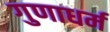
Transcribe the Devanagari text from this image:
गुणाधर्म